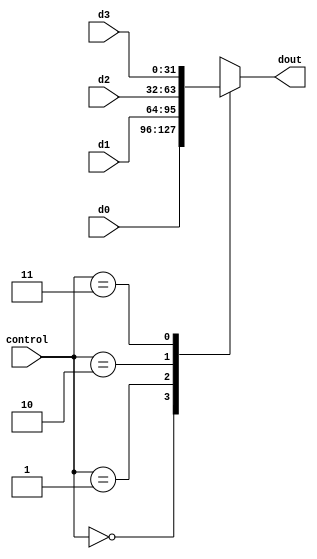
module mux_4 (
  input [1:0] control, //mux signal
  input [31:0] d0,
  input [31:0] d1,
  input [31:0] d2,
  input [31:0] d3,
  output reg[31:0] dout
  );
 
  always@(*)
  begin
    case(control)
      2'b00: dout = d0;
      2'b01: dout = d1;
      2'b10: dout = d2;
      2'b11: dout = d3;
    endcase
  end
endmodule